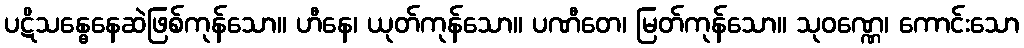
ပဋိသန္ဓေနေဆဲဖြစ်ကုန်သော။ ဟီနေ၊ ယုတ်ကုန်သော။ ပဏီတေ၊ မြတ်ကုန်သော။ သုဝဏ္ဏေ၊ ကောင်းသော